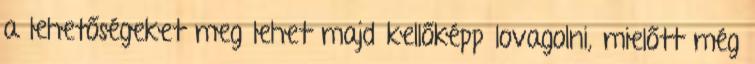
a lehetőségeket meg lehet majd kellőképp lovagolni, mielőtt még